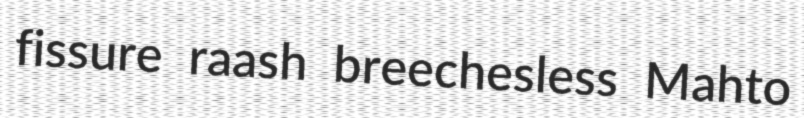
fissure raash breechesless Mahto